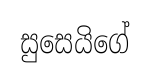
සුසෙයිගේ